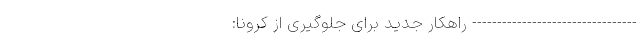
--------------------------------- راهکار جدید برای جلوگیری از کرونا: